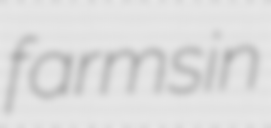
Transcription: farms in